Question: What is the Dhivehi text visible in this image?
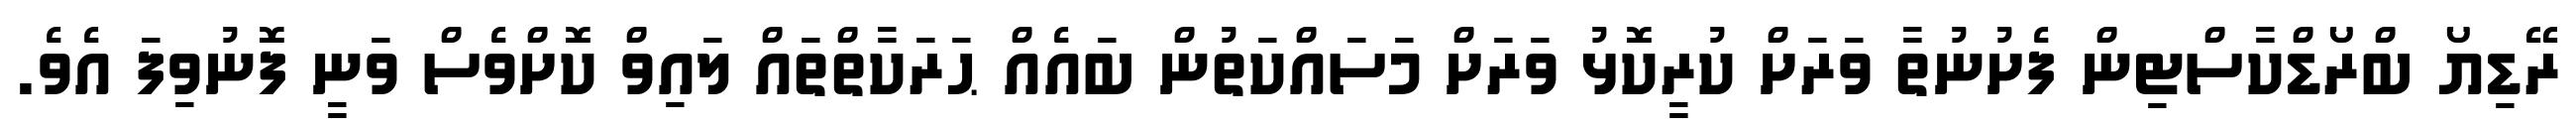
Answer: ރޭޑިޔޯ ބްރޯޑްކާސްޓިން ފެށުނުތާ ވަރަށް ކުރީކޮޅު ވަރަށް މަސައްކަތުން ބައެއް ޙަރަކާތްތައް ލައިވް ކޮށްވެސް ވަނީ ފޮނުވިފަ އެވެ.